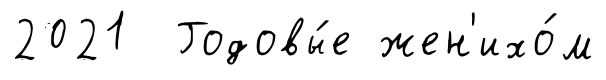
2021 Годовы́е жен'ихо́м